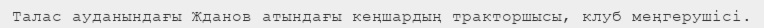
Талас ауданындағы Жданов атындағы кеңшардың тракторшысы, клуб меңгерушісі.